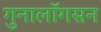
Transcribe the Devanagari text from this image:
गुनालॉगसन